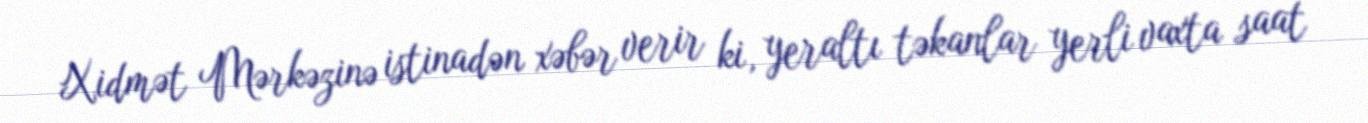
Xidmət Mərkəzinə istinadən xəbər verir ki, yeraltı təkanlar yerli vaxta saat